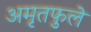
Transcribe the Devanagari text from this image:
अमृतफुले